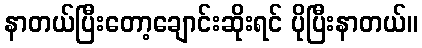
နာတယ်ပြီးတော့ချောင်းဆိုးရင် ပိုပြီးနာတယ်။